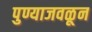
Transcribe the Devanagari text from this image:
पुण्याजवळून